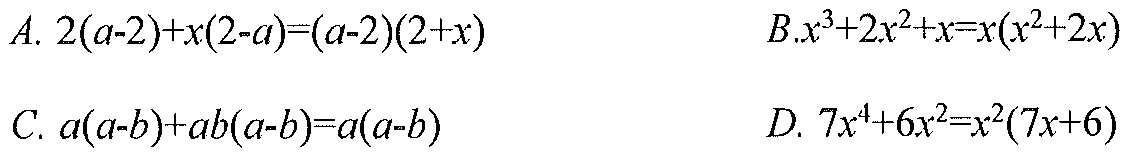
A. \(2(a - 2)+x(2 - a)=(a - 2)(2 + x)\)  B. \(x^{3}+2x^{2}+x=x(x^{2}+2x)\)
C. \(a(a - b)+ab(a - b)=a(a - b)\)  D. \(7x^{4}+6x^{2}=x^{2}(7x + 6)\)